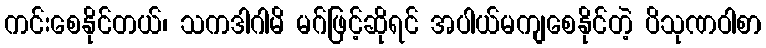
ကင်းစေနိုင်တယ်၊ သကဒါဂါမိ မဂ်ဖြင့်ဆိုရင် အပါယ်မကျစေနိုင်တဲ့ ပိသုဏဝါစာ